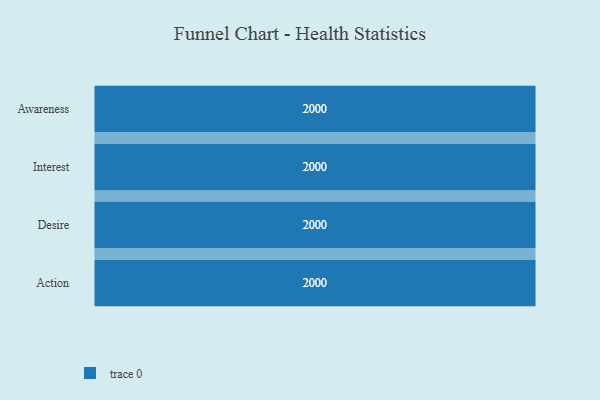
{"axis": {"x": "Stage", "y": "Value"}, "legend": [""], "data": [{"x": "Awareness", "y": 2000, "type": ""}, {"x": "Interest", "y": 2000, "type": ""}, {"x": "Desire", "y": 2000, "type": ""}, {"x": "Action", "y": 2000, "type": ""}]}